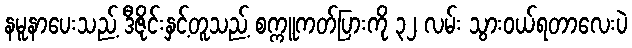
နမူနာပေးသည့် ဒီဇိုင်းနှင့်တူသည့် စက္ကူကတ်ပြားကို ၃၂ လမ်း သွားဝယ်ရတာလေးပဲ